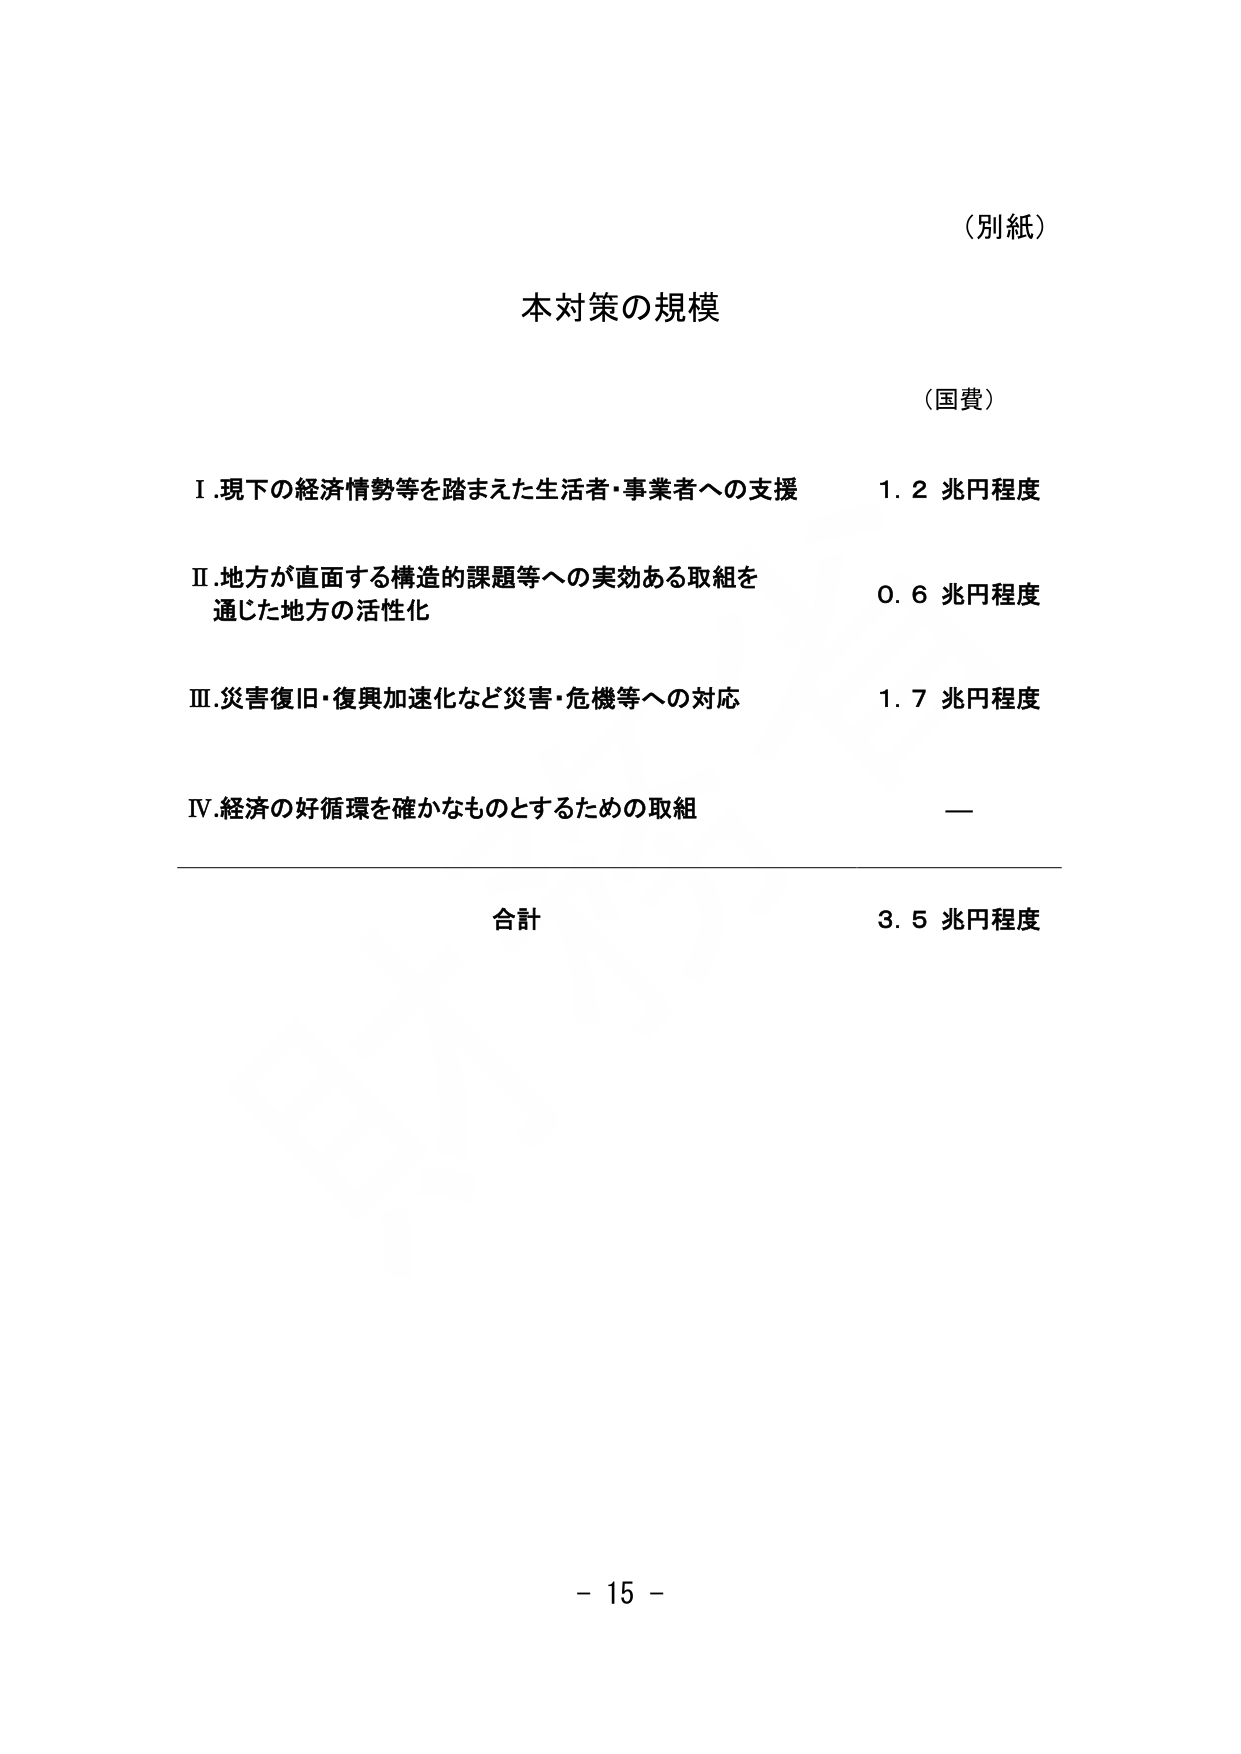
（別紙）

本対策の規模

（国費）

Ⅰ.現下の経済情勢等を踏まえた生活者・事業者への支援　　1.2 兆円程度

Ⅱ.地方が直面する構造的課題等への実効ある取組を通じた地方の活性化　　0.6 兆円程度

Ⅲ.災害復旧・復興加速化など災害・危機等への対応　　1.7 兆円程度

Ⅳ.経済の好循環を確かなものとするための取組　　—

合計　　3.5 兆円程度

－ 15 －